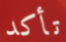
تأكد